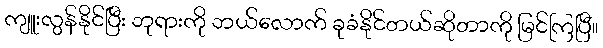
ကျူးလွန်နိုင်ပြီး ဘုရားကို ဘယ်လောက် ခုခံနိုင်တယ်ဆိုတာကို မြင်ကြပြီ။